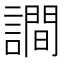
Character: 𧬘